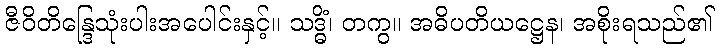
ဇီဝိတိန္ဒြေသုံးပါးအပေါင်းနှင့်။ သဒ္ဓိံ၊ တကွ။ အဓိပတိယဋ္ဌေန၊ အစိုးရသည်၏